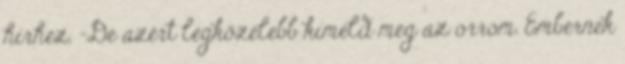
hírhez. -De azért legközelebb kíméld meg az orrom. Embernek